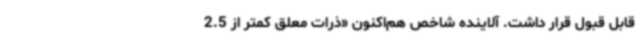
قابل قبول قرار داشت. آلاینده شاخص هم‌اکنون «ذرات معلق کمتر از 2.5